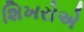
શિખરોએ